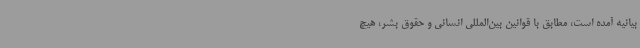
بیانیه آمده است، مطابق با قوانین بین‌المللی انسانی و حقوق بشر، هیچ